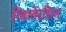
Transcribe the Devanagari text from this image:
ग्विलेरमिन